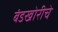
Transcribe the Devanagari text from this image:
बंडखोरीचे